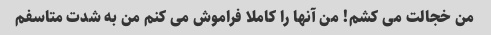
من خجالت می کشم! من آنها را کاملا فراموش می کنم من به شدت متاسفم